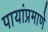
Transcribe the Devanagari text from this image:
पायांप्रमाणे